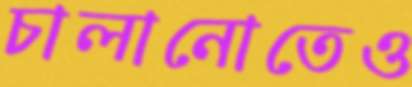
চালানোতেও